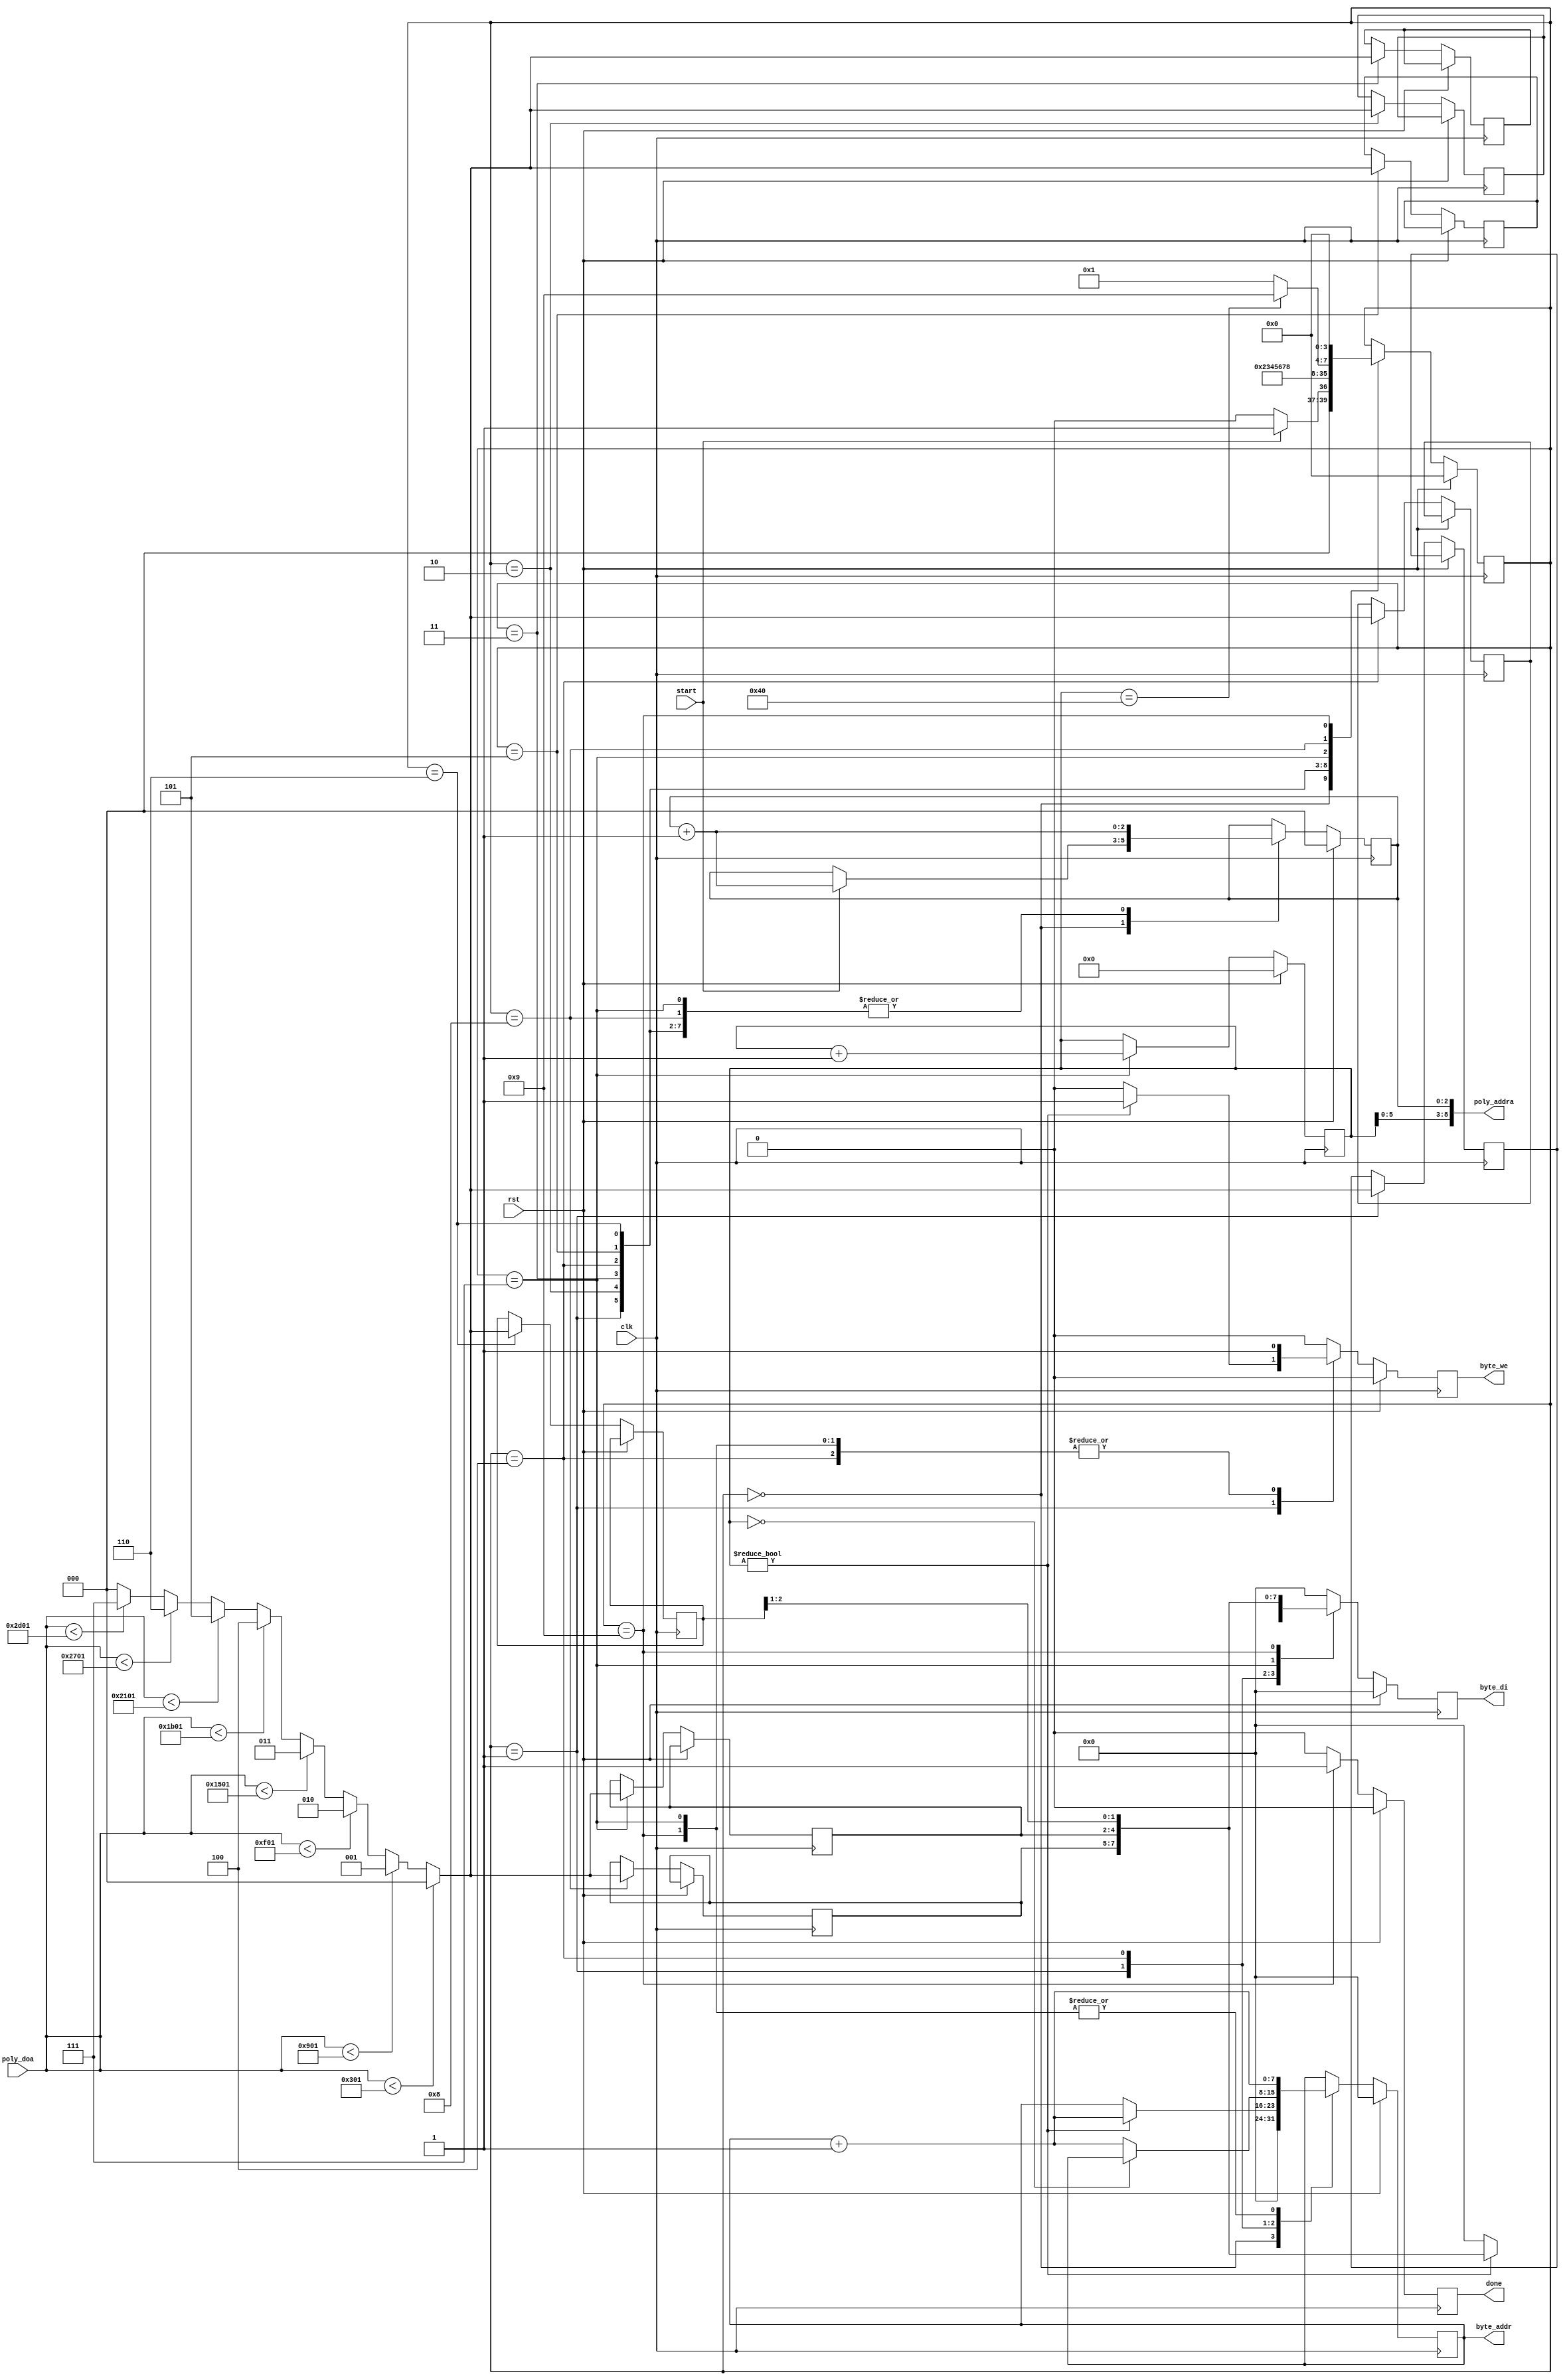
`timescale 1ns / 1ps
//////////////////////////////////////////////////////////////////////////////////
// Company: 
// Engineer: 
// 
// Design Name: 
// Module Name: compressor
// Project Name: 
// Target Devices: 
// Tool Versions: 
// Description: 
// 
// Dependencies: 
// 
// Revision:
// Revision 0.01 - File Created
// Additional Comments:
// 
//////////////////////////////////////////////////////////////////////////////////


module compressor(
    // basic inputs
    input clk,
    input rst,
    // control inputs
    input start,
    output reg done,
    // Input RAM signals
    output reg [7:0] byte_addr,
    output reg [7:0] byte_di,
    output reg byte_we,
    // output RAM signals
    output [8:0] poly_addra,
    input [15:0] poly_doa
    );
    
    localparam
        HOLD              = 4'd0,
        LOAD_T0_STORE_H3  = 4'd1,
        LOAD_T1           = 4'd2,
        LOAD_T2           = 4'd3,
        LOAD_T3_STORE_H0 = 4'd4,
        LOAD_T4          = 4'd5,
        LOAD_T5          = 4'd6,
        LOAD_T6_STORE_H1 = 4'd7,
        LOAD_T7          = 4'd8,
        FINAL_STORE_H3    = 4'd9;
    reg [3:0] state, state_next;    
    
    reg [6:0] L;
    reg [2:0] j;
    assign poly_addra = {L[5:0], j};
    
    reg [2:0] t0, t1, t2, t3, t4, t5, t6, t7;
    
    // LUT for calculation (((t_j << 3) + q/2)/q) & 7
    wire [2:0] map_out;
    assign map_out = (poly_doa < 16'd769) ? 3'd0 :
                        (poly_doa < 16'd2305) ? 3'd1 :
                        (poly_doa < 16'd3841) ? 3'd2 :
                        (poly_doa < 16'd5377) ? 3'd3 :
                        (poly_doa < 16'd6913) ? 3'd4 :
                        (poly_doa < 16'd8449) ? 3'd5 :
                        (poly_doa < 16'd9985) ? 3'd6 :
                        (poly_doa < 16'd11521) ? 3'd7 : 0;
    
    // combinational state logic
    always @(*) begin
        state_next = state;
    
        case (state) 
        HOLD: begin
            state_next = (start) ? LOAD_T0_STORE_H3 : HOLD;
        end
        LOAD_T0_STORE_H3: begin
            state_next = LOAD_T1;
        end
        LOAD_T1: begin
            state_next = LOAD_T2;
        end
        LOAD_T2: begin
            state_next = LOAD_T3_STORE_H0;
        end      
        LOAD_T3_STORE_H0: begin
            state_next = LOAD_T4;
        end 
        LOAD_T4: begin
            state_next = LOAD_T5;
        end
        LOAD_T5: begin
            state_next = LOAD_T6_STORE_H1;
        end
        LOAD_T6_STORE_H1: begin
           state_next = LOAD_T7;
        end
        LOAD_T7: begin
           state_next = (L == 64) ? FINAL_STORE_H3 : LOAD_T0_STORE_H3;
        end
         FINAL_STORE_H3: begin
            state_next = HOLD;
        end
        endcase
    end
    
    // sequential state logic
    always @(posedge clk) begin
        state <= (rst) ? HOLD : state_next;
    end
    
    always @(posedge clk) begin
        // defaults
        done <= 1'b0;
        L <= L;
        j <= j;
        
        // ram defaults
        byte_we   <= 0;
        byte_addr <= byte_addr;
        byte_di   <= 0;
    
        if (rst == 1'b1) begin
            L <= 0;
            j <= 0;
            byte_we <= 0;
            byte_addr <= 0;
        end else begin
            case (state) 
            HOLD: begin
                byte_addr <= 0;
                if (start) begin
                    j <= j + 1;
                end                
            end
            LOAD_T0_STORE_H3: begin
                // load in poly values
                t0 <= map_out;
                j <= j + 1;
                
                if (L != 0) begin
                    // if its not the first round, store H7
                    byte_di <= {t7, t6, t5[2:1]};
                    byte_we <= 1;
                    byte_addr <= byte_addr + 1;
                end
            end
            LOAD_T1: begin
                // load in poly values
                t1 <= map_out;
                j <= j + 1;
            end
            LOAD_T2: begin
                // load in poly values
                t2 <= map_out;
                j <= j + 1;
            end      
            LOAD_T3_STORE_H0: begin
                // load in poly values
                t3 <= map_out;
                j <= j + 1;
                
                // store val
                byte_di <= {t2[1:0], t1, t0};
                byte_we <= 1;
                byte_addr <= (L == 0) ? byte_addr : byte_addr + 1;
            end 
            LOAD_T4: begin
                // load in poly values
                t4 <= map_out;
                j <= j + 1;
            end
            LOAD_T5: begin
                // load in poly values
                t5 <= map_out;
                j <= j + 1;
            end
            LOAD_T6_STORE_H1: begin
                // load in poly values
                t6 <= map_out;
                j <= j + 1;
                L <= L + 1;
                
                // store val
                byte_di <= {t5[0], t4, t3, t2[2]};
                byte_we <= 1;
                byte_addr <= byte_addr + 1;
            end
            LOAD_T7: begin
                // load in poly values
                t7 <= map_out;
                j <= j + 1;
            end
            FINAL_STORE_H3: begin
                byte_di <= {t7, t6, t5[2:1]};
                byte_we <= 1;
                byte_addr <= byte_addr + 1;
                
                done <= 1;
            end
            endcase
        end
    end
    
    
endmodule